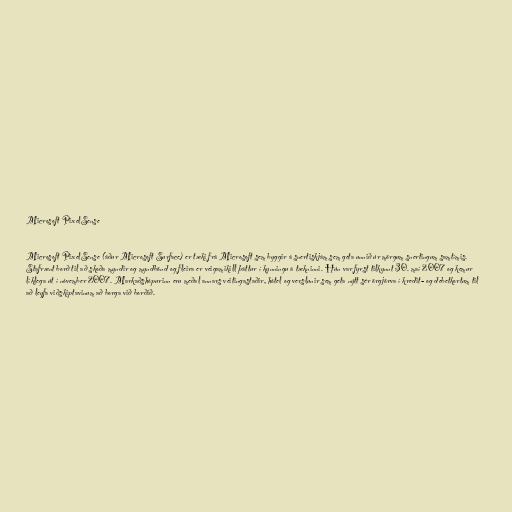
Microsoft PixelSense

Microsoft PixelSense (áður Microsoft Surface) er tæki frá Microsoft sem byggir á snertiskjám sem geta unnið úr mörgum snertingum samtímis.
Stafrænt borð til að skoða myndir og myndbönd og fleira er veigamikill þáttur í kynningu á tækninni. Hún var fyrst tilkynnt 30. maí 2007 og kemur
líklega út í nóvember 2007. Markaðshópurinn eru meðal annars veitingastaðir, hótel og verslunir sem geta nýtt sér örgjörva í kredit- og debetkortum til
að leyfa viðskiptavinum að borga við borðið.